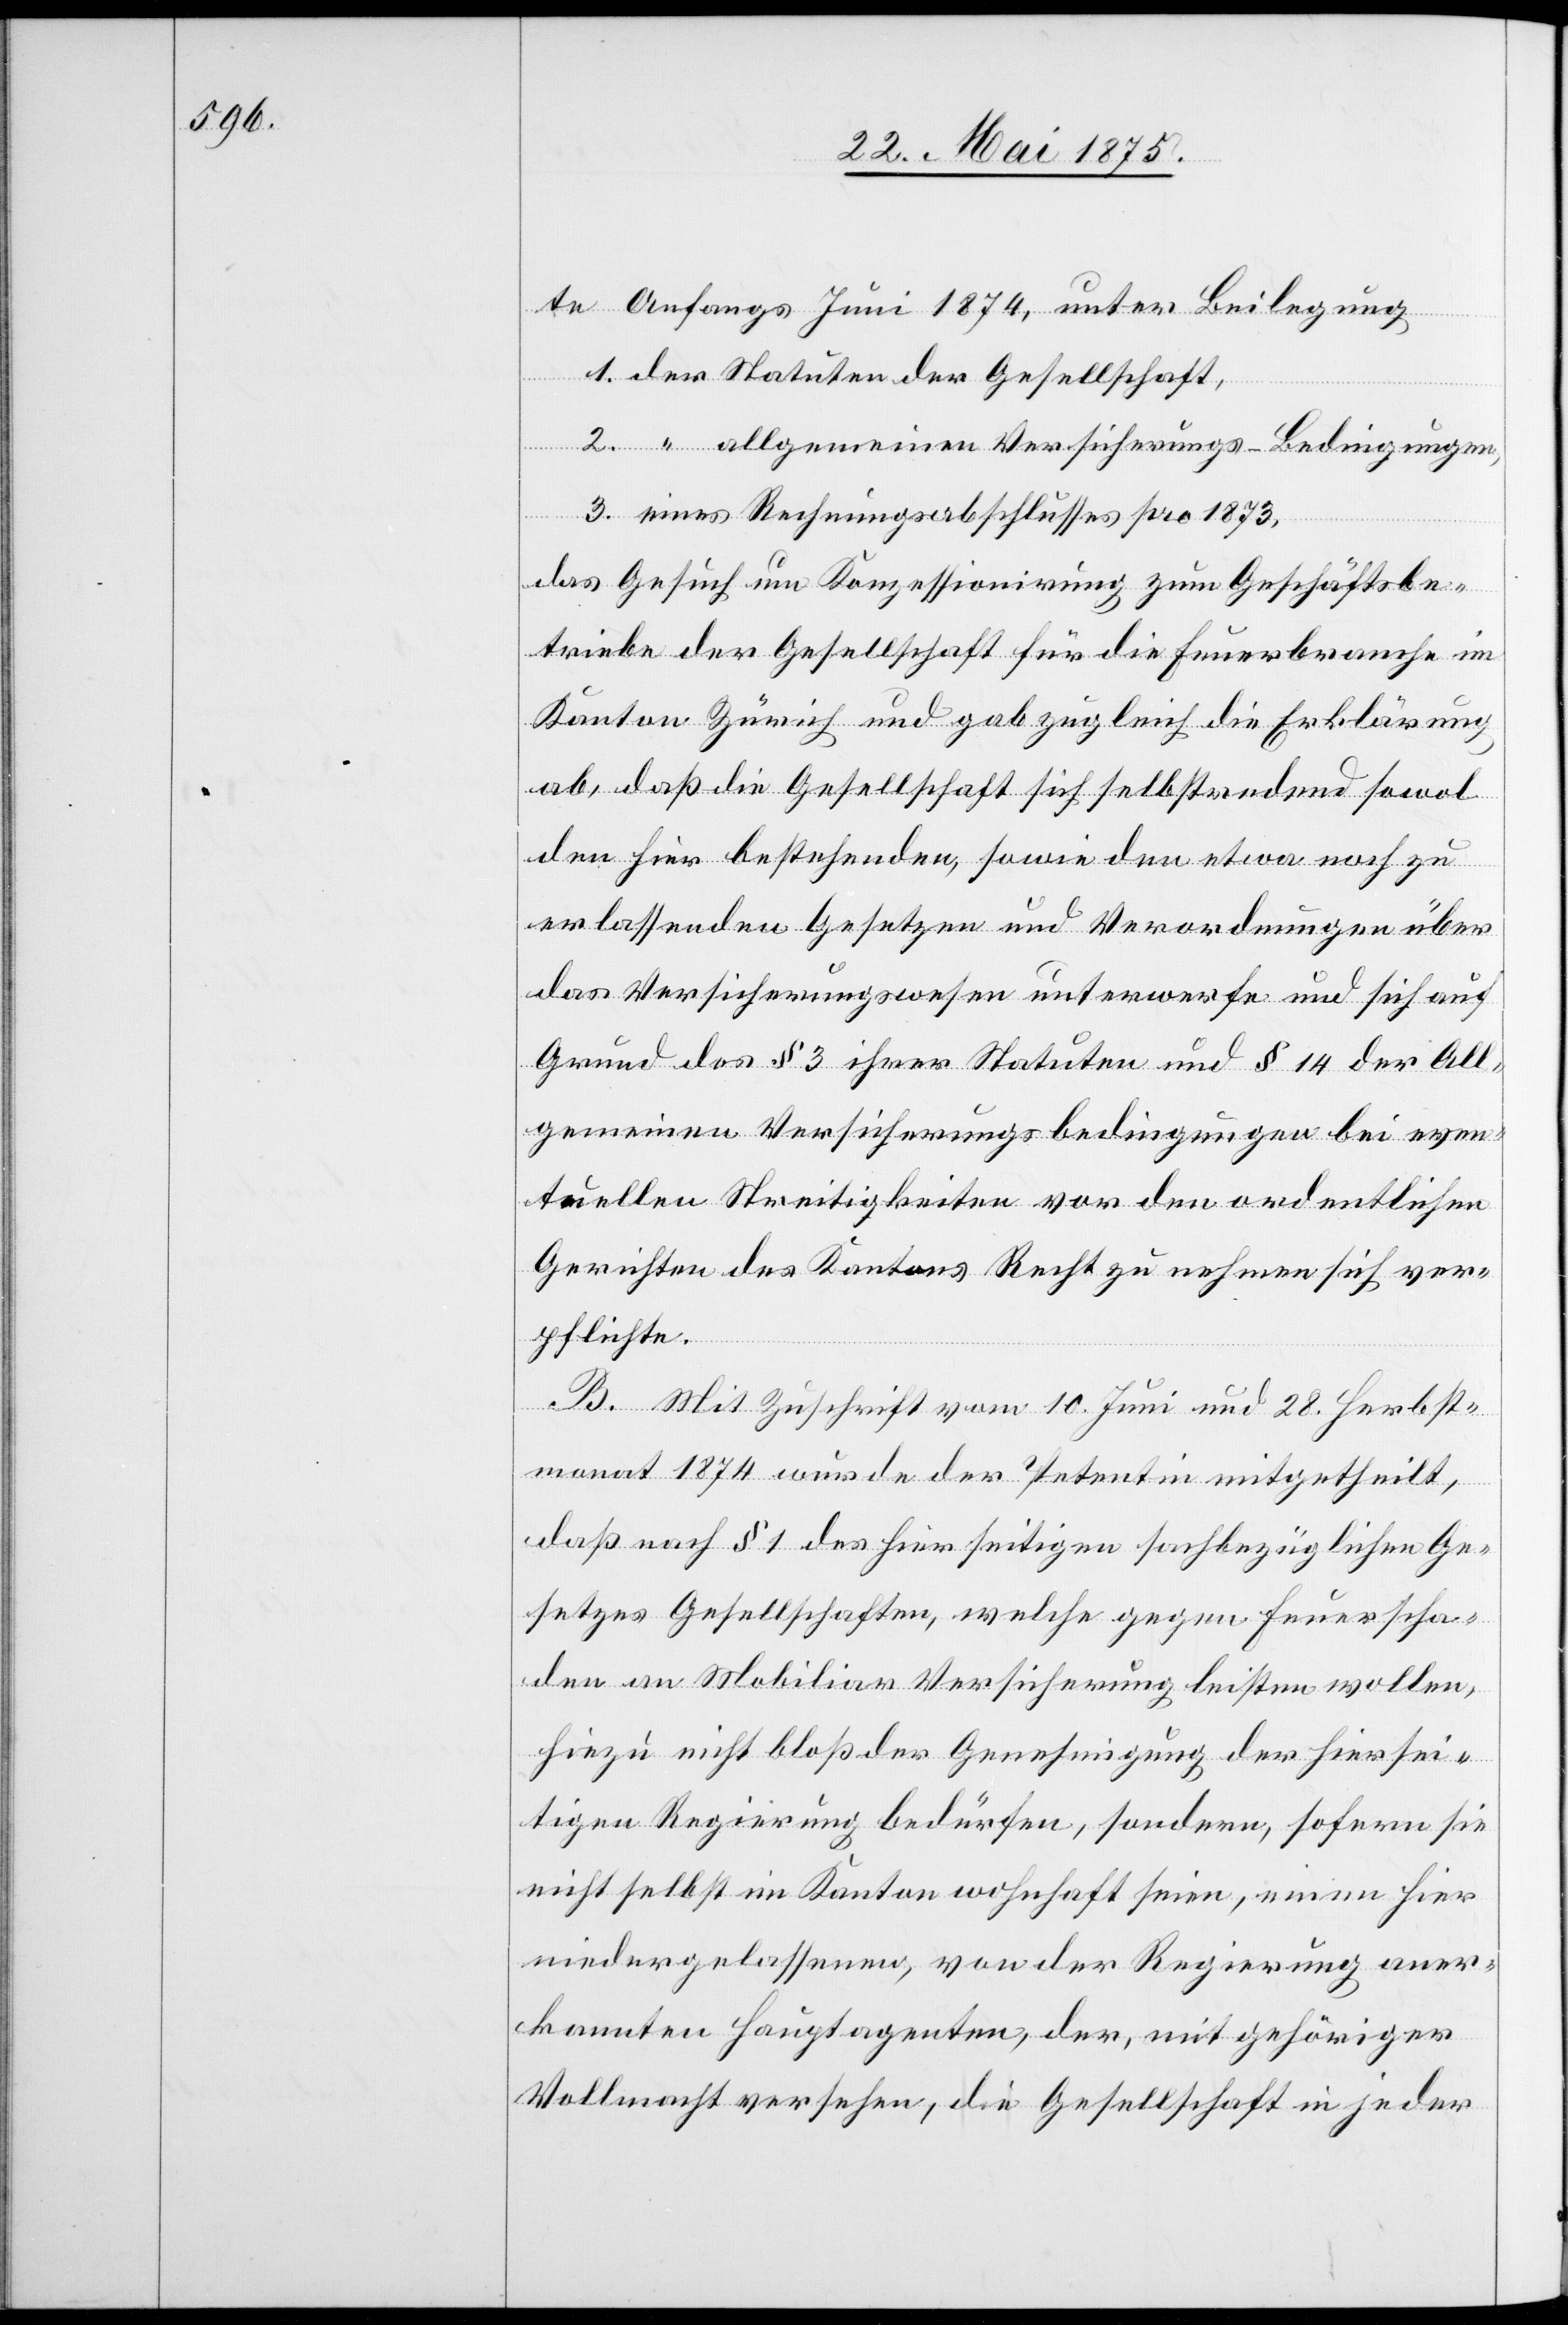
te Anfangs Juni 1874, unter Beilegung
1. der Statuten der Gesellschaft,
2. “ allgemeinen Versicherungs-Bedingungen,
3. eines Rechnungsabschlusses pro 1873,
das Gesuch um Konzessionirung zum Geschäftsbe¬
triebe der Gesellschaft für die Feuerbranche im
Kanton Zürich und gab zugleich die Erklärung
ab, daß die Gesellschaft sich selbstredend sowol
den hier bestehenden, sowie den etwa noch zu
erlassenden Gesetzen und Verordnungen über
das Versicherungswesen unterwerfe und sich auf
Grund des § 3 ihrer Statuten und § 14 der All¬
gemeinen Versicherungsbedingungen bei even¬
tuellen Streitigkeiten vor den ordentlichen
Gerichten des Kantons Recht zu nehmen sich ver¬
pflichte.
B. Mit Zuschrift vom 10. Juni und 28. Herbst¬
monat 1874 wurde der Petentin mitgetheilt,
daß nach § 1 des hierseitigen sachbezüglichen Ge¬
setzes Gesellschaften, welche gegen Feuerscha¬
den am Mobiliar Versicherung leisten wollen,
hiezu nicht bloß der Genehmigung der hiersei¬
tigen Regierung bedürfen, sondern, sofern sie
nicht selbst im Kanton wohnhaft seien, einen hier
niedergelassenen, von der Regierung aner¬
kannten Hauptagenten, der, mit gehöriger
Vollmacht versehen, die Gesellschaft in jeder